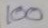
100